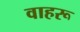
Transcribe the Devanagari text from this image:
वाहरू